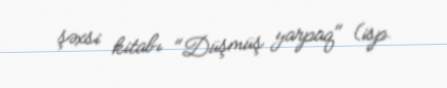
şəxsi kitabı "Düşmüş yarpaq" (isp.